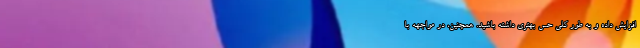
افزایش داده و به طور کلی حس بهتری داشته باشید. همچنین، در مواجهه با